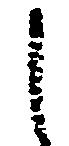
し